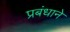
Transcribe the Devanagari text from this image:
प्रबंधाने